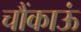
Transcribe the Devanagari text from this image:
चौंकाऊं